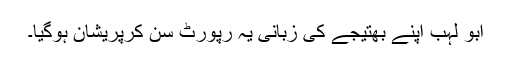
ابو لہب اپنے بھتیجے کی زبانی یہ رپورٹ سن کرپریشان ہوگیا۔